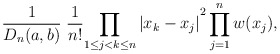
\begin{align*}\frac{1}{D_n(a,b)}\;\frac{1}{n!}{\prod\limits_{1\leq j<k\leq n}|x_{k}-x_{j}|}^{2}\prod\limits^{n}_{j=1}w(x_j),\end{align*}